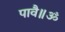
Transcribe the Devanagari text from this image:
पावै॥ॐ